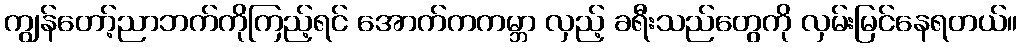
ကျွန်တော့်ညာဘက်ကိုကြည့်ရင် အောက်ကကမ္ဘာ လှည့် ခရီးသည်တွေကို လှမ်းမြင်နေရတယ်။